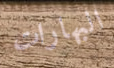
البهارات